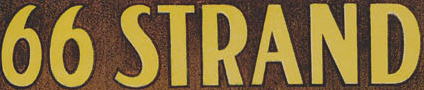
66 STRAND